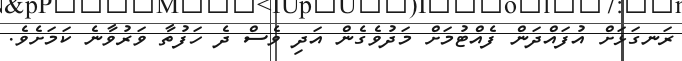
ރަނގަޅަށް އުފައްދަން ފެއްޓުމަށް މަދުވެގެން އަދި ވެސް ދެ ހަފުތާ ވަރުވާނެ ކަމަށެވެ.